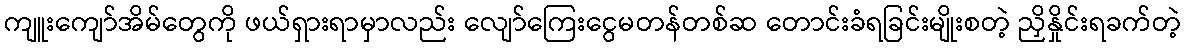
ကျူးကျော်အိမ်တွေကို ဖယ်ရှားရာမှာလည်း လျော်ကြေးငွေမတန်တစ်ဆ တောင်းခံရခြင်းမျိုးစတဲ့ ညှိနှိုင်းရခက်တဲ့